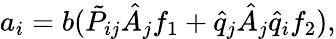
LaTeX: a_{i}=b(\tilde{P}_{ij}\hat{A}_{j}f_{1}+\hat{q}_{j}\hat{A}_{j}\hat{q}_{i}f_{2}),